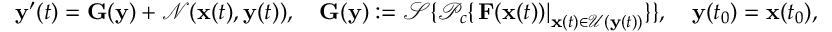
\mathbf { y } ^ { \prime } ( t ) = \mathbf { G } ( \mathbf { y } ) + \mathcal { N } ( \mathbf { x } ( t ) , \mathbf { y } ( t ) ) , \quad \mathbf { G } ( \mathbf { y } ) : = \mathcal { S } \{ \mathcal { P } _ { c } \{ \left. \mathbf { F } ( \mathbf { x } ( t ) ) \right| _ { \mathbf { x } ( t ) \in \mathcal { U } ( \mathbf { y } ( t ) ) } \} \} , \quad \mathbf { y } ( t _ { 0 } ) = \mathbf { x } ( t _ { 0 } ) ,